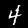
Digit: 4